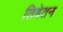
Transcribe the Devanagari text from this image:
तिबेतन